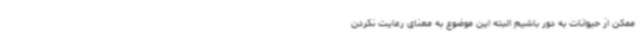
ممکن از حیوانات به دور باشیم البته این موضوع به معنای رعایت نکردن